Vital statistics of India. Vol. IV, Annual returns from 1871 to 1876. British Army of India, Native Army and jails of Bengal
Year: 1871
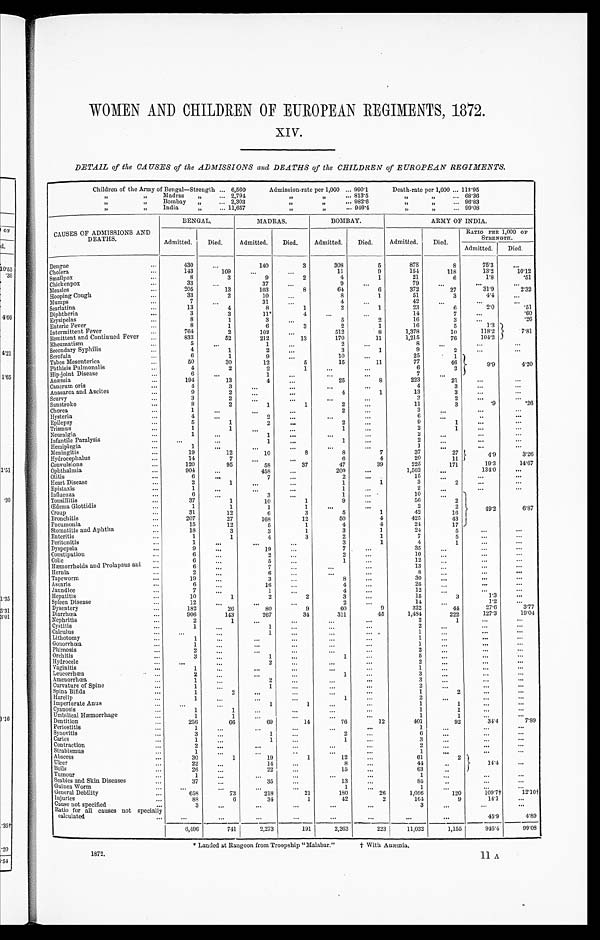
1872.
11 A
WOMEN AND CHILDREN OF EUROPEAN REGIMENTS, 1872.
XIV.
DETAIL of the CAUSES of the ADMISSIONS and DEATHS of the CHILDREN of EUROPEAN REGIMENTS.
Children of the Army of Bengal—Strength . . . 6,560
Admission-rate per 1,000 . . . 990.1
Death-rate per 1,000 . . . 112.95
" " Madras " . . . 2 , 7 9 4
" " . . . 813.5
" " . . . 68.36
" " Bombay " . . . 2 , 3 0 3
" " . . . 982.6
" " . . . 96.83
" " I n d i a " . . . 11,657
" " . . . 946.4
" " . . . 99.08
BENGAL.
MADRAS.
BOMBAY.
ARMY OF INDIA.
CAUSES OF ADMISSIONS AND
DEATHS.
Admitted.
Died.
Admitted.
Died.
Admitted.
Died.
Admitted.
Died.
RATIO PER 1,000 OF
STRENGTH.
Admitted.
Died.
Dengue . . .
430
. . .
140
3
308
5
878
8
75.3
. . .
Cholera . . .
143
109
. . .
. . .
11
9
154
118
13.2
10.12
Smallpox . . .
8
3
9
2
4
1
21
6
1.8
.51
Chickenpox . . .
33
. . .
37
. . .
9
. . .
79
. . .
. . .
. . .
Measles . . .
205
13
103
8
64
6
372
27
31.9
2.32
Hooping Cough . . .
33
2
10
. . .
8
1
51
3
4.4
. . .
Mumps . . .
7
. . .
31 . . .
4
. . .
42
. . .
. . .
. . .
Scarlatina . . .
13
4
8
1
2
1
23
6
2.0
.51
Diphtheria . . .
3
3
11*
4
. . .
. . .
14
7
. . .
.60
Er ysi pel as . . .
8
1
3
. . .
5
2
16
3
. . .
. 2 6
Enteric Fever . . .
8
1
6
3
2
1
16
5
1.3
7.81
Intermittent Fever . . .
764
2
102
. . .
512
8
1,378
10
118.2
Remittent and Continued Fever . . .
833
52
212
13
170
11
1,215
76
104.2
Rheumatism . . .
5
. . .
1
. . .
2
. . .
8
. . .
. . .
. . .
Secondary Syphilis . . .
4
1
2
. . .
3
1
9
2
. . .
. . .
Scrofula . . .
6
1
9
. . .
10
. . .
25
1
9 . 9
4.20
Tabes Mesenterica . . .
50
30
12
5
15
11
77
46
Phthisis Pulmonalis . . .
4
2
2
1
. . .
. . .
6
3
Hip-joint Disease . . .
6
. . .
1
. . .
. . .
. . .
7
. . .
Anæmia . . .
194
13
4
. . .
25
8
223
21
. . .
. . .
Cancrum oris . . .
4
3
. . .
. . .
. . .
. . .
4
3
. . .
. . .
Anasarca and Ascites . . .
9
2
. . .
. . .
4
1
13
3
. . . . . .
Scurvy . . .
3
2
. . . . . .
. . .
. . .
3
2
. . .
. . .
Sunstroke . . .
8
2
1
1
2
. . .
11
3
.9
.26
Chorea . . .
1
. . .
. . .
. . .
2
. . .
3
. . .
. . .
. . .
Hysteria . . .
4
. . .
2
. . .
. . .
. . .
6
. . .
. . .
. . .
Epilepsy . . .
5
1
2 . . .
2 . . .
9
1
. . .
. . .
Trismus . . .
1
1
. . .
. . .
1
. . .
2
1
. . .
. . .
Neuralgia . . .
1
. . .
1
. . .
. . .
. . .
2
. . .
. . .
. . .
Infantile Paralysis . . .
. . .
. . .
1
. . .
1 . . .
2
. . .
. . .
. . .
Hemiplegia . . .
1
. . .
. . .
. . .
. . .
. . .
1
. . .
. . .
. . .
Meningitis . . .
19
12
10
8
8
7
37
27
4.9
3.26
Hydrocephalus . . .
14
7
. . .
. . .
6
4
20
1 1
Convulsions . . .
120
95
58
37
47
39
225
171
19.3
14.67
Ophthalmia . . .
904
. . .
458
. . .
200
. . .
1,562
. . .
134.0
. . .
Otitis . . .
6
. . .
7
. . .
2
. . .
15
. . .
. . .
. . .
Heart Disease . . .
2
1
. . . . . .
1
1
3
2
. . .
. . .
Epistaxis . . .
1
. . .
. . .
. . .
1
. . .
2
. . .
. . .
. . .
Influenza . . .
6
. . .
3 . . .
1
. . .
10
. . .
49.2
6.87
Tonsillitis . . .
3 7
1
10
1
9 . . .
56
2
Œdema Glottidis . . .
1
1
1
1
. . .
. . .
2
2
Croup . . .
31
12
6
3
5
1
42
16
Bronchitis . . .
207
27
168
12
50
4
425
43
Pneumonia . . .
15
12
5
1
4
4
24
17
Stomatitis and Aphtha . . .
1 8
3
3
1
3
1
24
5
. . .
. . .
Enteritis . . .
1
1
4
3
2
1
7
5
. . .
. . .
Peritonitis . . .
1
. . .
. . .
. . .
3
1
4
1
. . .
. . .
Dyspepsia . . .
9
. . .
19
. . .
7
. . .
35
. . .
. . .
. . .
Constipation . . .
6
. . .
2
. . .
2
. . .
10
. . .
. . .
. . .
Colic . . .
6
. . .
5 . . .
1 . . .
12
. . .
. . .
. . .
Hæmorrhoids and Prolapsus ani . . .
6
. . .
7
. . .
. . .
. . .
13
. . .
. . .
. . .
Hernia . . .
2
. . .
6 . . .
. . .
. . .
8
. . .
. . .
. . .
Tapeworm . . .
19
. . .
3
. . .
8
. . .
30
. . .
. . .
. . .
Ascaris . . .
6
. . .
16
. . .
4
. . .
26
. . .
. . .
. . .
Jaundice . . .
7
. . .
1
. . .
4
. . .
12
. . .
. . .
. . .
Hepatitis . . .
1 0
1
2
2
3
. . .
15
3
1.3
. . .
Spleen Disease . . .
12
. . .
. . .
. . .
2
. . .
14
. . .
1 . 2 . . .
Dysentery . . .
1 8 2
26
80
9
60
9
322
44
27.6
3.77
Diarrhœa . . .
906
143
267
34
311
45
1,484
222
127.3
19.04
Nephritis . . .
2
1
. . .
. . .
. . .
. . .
2
1
. . .
. . .
Cystitis . . .
1
. . .
1
. . .
. . .
. . .
2
. . .
. . .
. . .
Calculus . . .
. . .
. . .
1
. . .
. . .
. . .
1
. . .
. . .
. . .
Lithotomy . . .
1
. . .
. . .
. . .
. . .
. . .
1
. . .
. . .
. . .
Gonorrhœa . . .
1
. . .
. . .
. . .
. . .
. . .
1
. . .
. . .
. . .
Phimosis . . .
2
. . .
. . .
. . .
. . .
. . .
2
. . .
. . .
. . .
Orchitis . . .
3
. . .
1
. . .
1
. . .
5
. . .
. . .
. . .
Hydrocele . . .
. . .
. . .
2 . . .
. . .
. . .
2
. . .
. . .
. . .
Vaginitis . . .
1
. . .
. . .
. . .
. . .
. . .
1
. . .
. . .
. . .
Leucorrhœa . . .
2
. . .
. . .
. . .
1
. . .
3
. . .
. . .. . .
Amenorrhœa . . .
1
. . .
2 . . .
. . .
. . .
3
. . .
. . .
. . .
Curvature of Spine . . .
1
. . .
1
. . .
. . .
. . .
2
. . .
. . .
. . .
Spina Bifida . . .
1
2
. . .
. . .
. . .
. . .
1
2
. . .
. . .
Harelip . . .
1
. . .
. . . . . .
1
. . .
2
. . .
. . .
. . .
Imperforate Anus . . .
. . .
. . .
1
1
. . .
. . .
1
1
. . .
. . .
Cyanosis . . .
1
1
. . .
. . .
. . .
. . .
1
1
. . .
. . .
Umbilical Hæmorrhage . . .
1
1
. . .
. . .
. . .
. . .
1
1
. . .
. . .
Dentition . . .
256
66
69
14
76
12
401
92
34.4
7.89
Periostitis . . .
1
. . .
. . .
. . .
. . .
. . .
1
. . .
. . .
. . .
Synovitis . . .
3
. . .
1
. . .
2 . . .
6
. . .
. . .
. . .
Caries . . .
1
. . .
1
. . .
1
. . .
3
. . .
. . .
. . .
Contraction . . .
2
. . .
. . .
. . .
. . .
. . .
2
. . .
. . .
. . .
Strabismus . . .
1
. . .
. . .
. . .
. . .
. . .
1
. . .
. . .
. . .
Abscess . . .
3 0
1
19
1
12
. . .
61
2
14.4
. . .
Ulcer . . .
2
. . .
14
. . .
8
. . .
44
. . .
Boils . . .
26
. . .
22
. . .
15
. . .
63
. . .
Tumour . . .
1
. . .
. . . . . .
. . .
. . .
1
. . . . . .
. . .
Scabies and Skin Diseases . . .
37
. . .
35
. . .
13
. . .
85
. . .
. . .
. . .
Guinea Worm . . .
. . .
. . .
. . .
. . .
1 . . .
1
. . .
. . .
. . .
General Debility . . .
658
7 3
2 1 8
2 1
180
26
1,056
1 2 0
1 0 9 . 7 †
12.10†
Injuries . . .
88
6
34
1
42
2
164
9
14.1
. . .
Cause not specified . . .
3
. . .
. . .
. . .
. . .
. . .
3
. . .
. . .
. . .
Ratio for all causes not specially
calculated . . .
. . .
. . .
. . .
. . .
. . .
. . .
. . .
. . .
45.9
4.89
6,496
741
2,273
191
2,263
223
11,032
1,155
946.4
99.08
* Landed at Rangoon from Troopship "Malabar."
† With Anæmia.